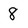
Character: 8